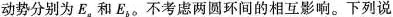
动势分别为E_{a}和E_{b}。不考虑两圆环间的相互影响。下列说